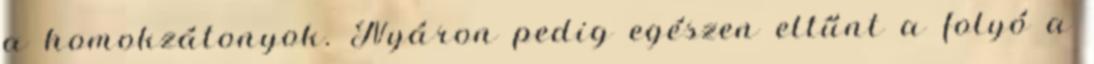
a homokzátonyok. Nyáron pedig egészen eltűnt a folyó a